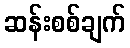
ဆန်းစစ်ချက်